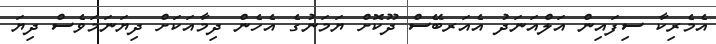
އެމެރިކާ ސިފައިން އަލްއަނަދު އެއަރބޭސް ދޫކޮށް ޔަމަނުގެ އެހެން ދިމާއަކަށް ދިޔަނަމަވެސް ދިޔަ